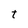
Character: t